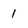
Character: 1